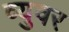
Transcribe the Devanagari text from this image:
व्युवर